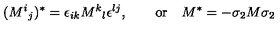
( M ^ { i } { } _ { j } ) ^ { * } = \epsilon _ { i k } M ^ { k } { } _ { l } \epsilon ^ { l j } , \qquad \mathrm { o r } \quad M ^ { * } = - \sigma _ { 2 } M \sigma _ { 2 }